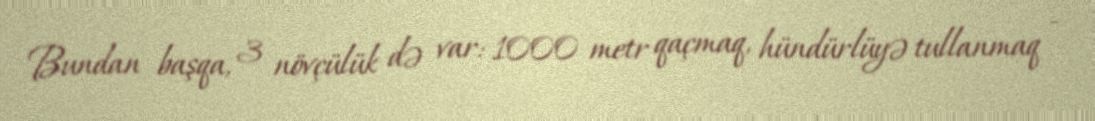
Bundan başqa, 3 növçülük də var: 1000 metr qaçmaq, hündürlüyə tullanmaq -